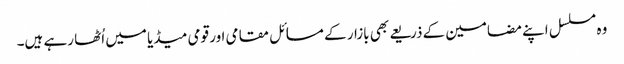
وہ مسلسل اپنے مضامین کے ذریعے بھی بازار کے مسائل مقامی اور قومی میڈیا میں اُٹھا رہے ہیں۔